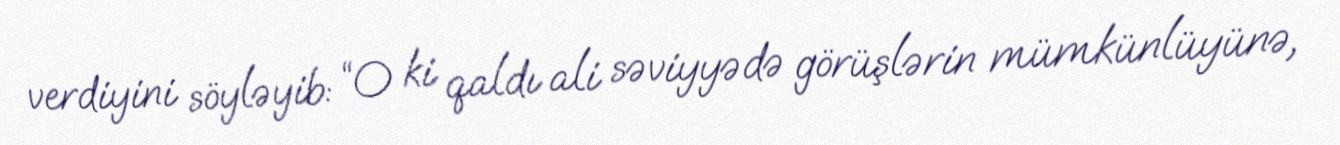
verdiyini söyləyib: “O ki qaldı ali səviyyədə görüşlərin mümkünlüyünə,